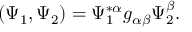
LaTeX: ( \Psi _ { 1 } , \Psi _ { 2 } ) = \Psi _ { 1 } ^ { * \alpha } g _ { \alpha \beta } \Psi _ { 2 } ^ { \beta } .